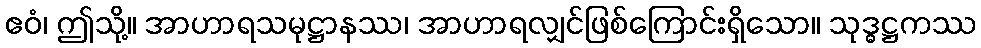
ဧဝံ၊ ဤသို့။ အာဟာရသမုဋ္ဌာနဿ၊ အာဟာရလျှင်ဖြစ်ကြောင်းရှိသော။ သုဒ္ဓဋ္ဌကဿ